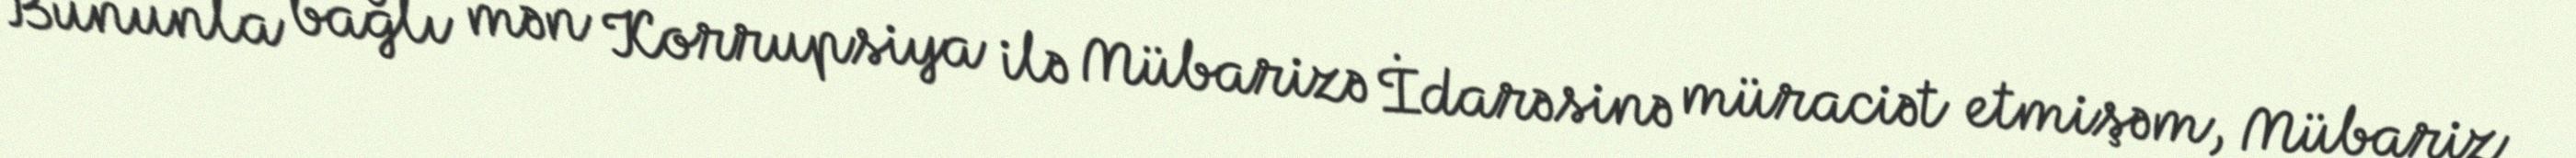
Bununla bağlı mən Korrupsiya ilə Mübarizə İdarəsinə müraciət etmişəm, Mübariz